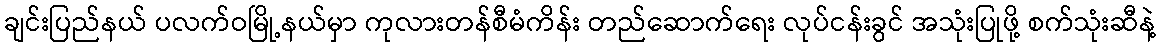
ချင်းပြည်နယ် ပလက်ဝမြို့နယ်မှာ ကုလားတန်စီမံကိန်း တည်ဆောက်ရေး လုပ်ငန်းခွင် အသုံးပြုဖို့ စက်သုံးဆီနဲ့